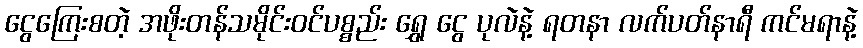
ငွေကြေးစတဲ့ အဖိုးတန်သမိုင်းဝင်ပစ္စည်း ရွှေ ငွေ ပုလဲနဲ့ ရတနာ လက်ပတ်နာရီ ကင်မရာနဲ့